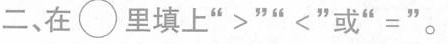
二、在\bigcirc 里填上”>””<”或”=”。